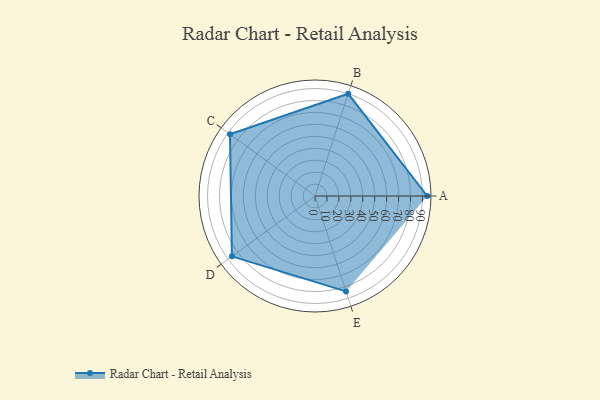
{"axis": {"x": "Skill", "y": "Score"}, "legend": ["Profile"], "data": [{"x": "A", "y": 94.0, "type": "Profile"}, {"x": "B", "y": 90.0, "type": "Profile"}, {"x": "C", "y": 88.0, "type": "Profile"}, {"x": "D", "y": 86.0, "type": "Profile"}, {"x": "E", "y": 84.0, "type": "Profile"}]}